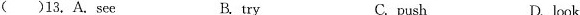
( )13. A. See B. try C. push D. look